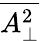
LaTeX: \overline{{A_{\perp}^{2}}}